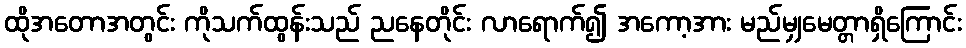
ထိုအတောအတွင်း ကိုသက်ထွန်းသည် ညနေတိုင်း လာရောက်၍ အကော့အား မည်မျှမေတ္တာရှိကြောင်း